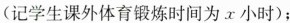
(记学生课外体育锻炼时间为x小时)；